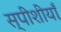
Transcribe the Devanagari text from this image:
स्पीशीयाँ